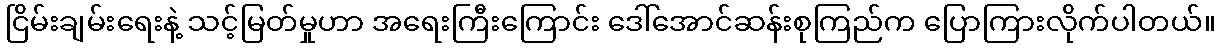
ငြိမ်းချမ်းရေးနဲ့ သင့်မြတ်မှုဟာ အရေးကြီးကြောင်း ဒေါ်အောင်ဆန်းစုကြည်က ပြောကြားလိုက်ပါတယ်။